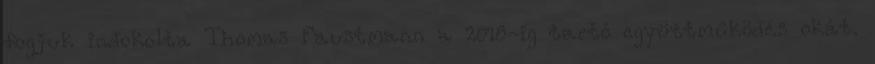
fogjuk indokolta Thomas Faustmann a 2018-ig tartó együttműködés okát.